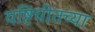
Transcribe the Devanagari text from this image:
यष्टिचीतच्या